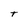
Character: T